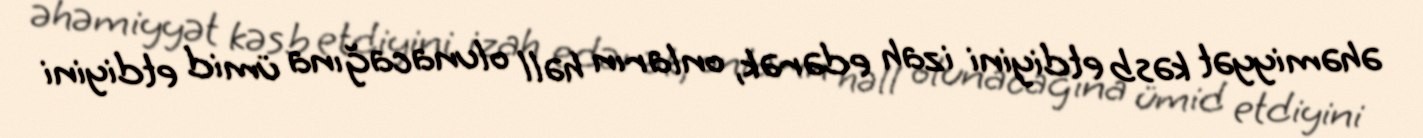
əhəmiyyət kəsb etdiyini izah edərək, onların həll olunacağına ümid etdiyini